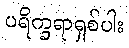
ပရိက္ခရာရှစ်ပါး